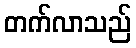
တက်လာသည်